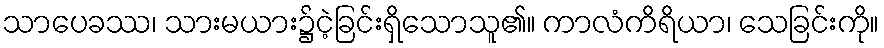
သာပေခဿ၊ သားမယား၌ငဲ့ခြင်းရှိသောသူ၏။ ကာလံကိရိယာ၊ သေခြင်းကို။